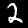
Label: 2